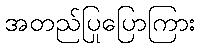
အတည်ပြုပြောကြား